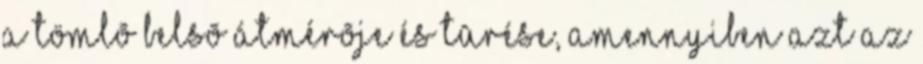
a tömlõ belsõ átmérõje és tûrése, amennyiben azt az